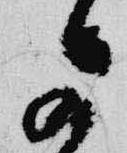
可